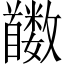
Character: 𬳛